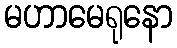
မဟာမေရုနော